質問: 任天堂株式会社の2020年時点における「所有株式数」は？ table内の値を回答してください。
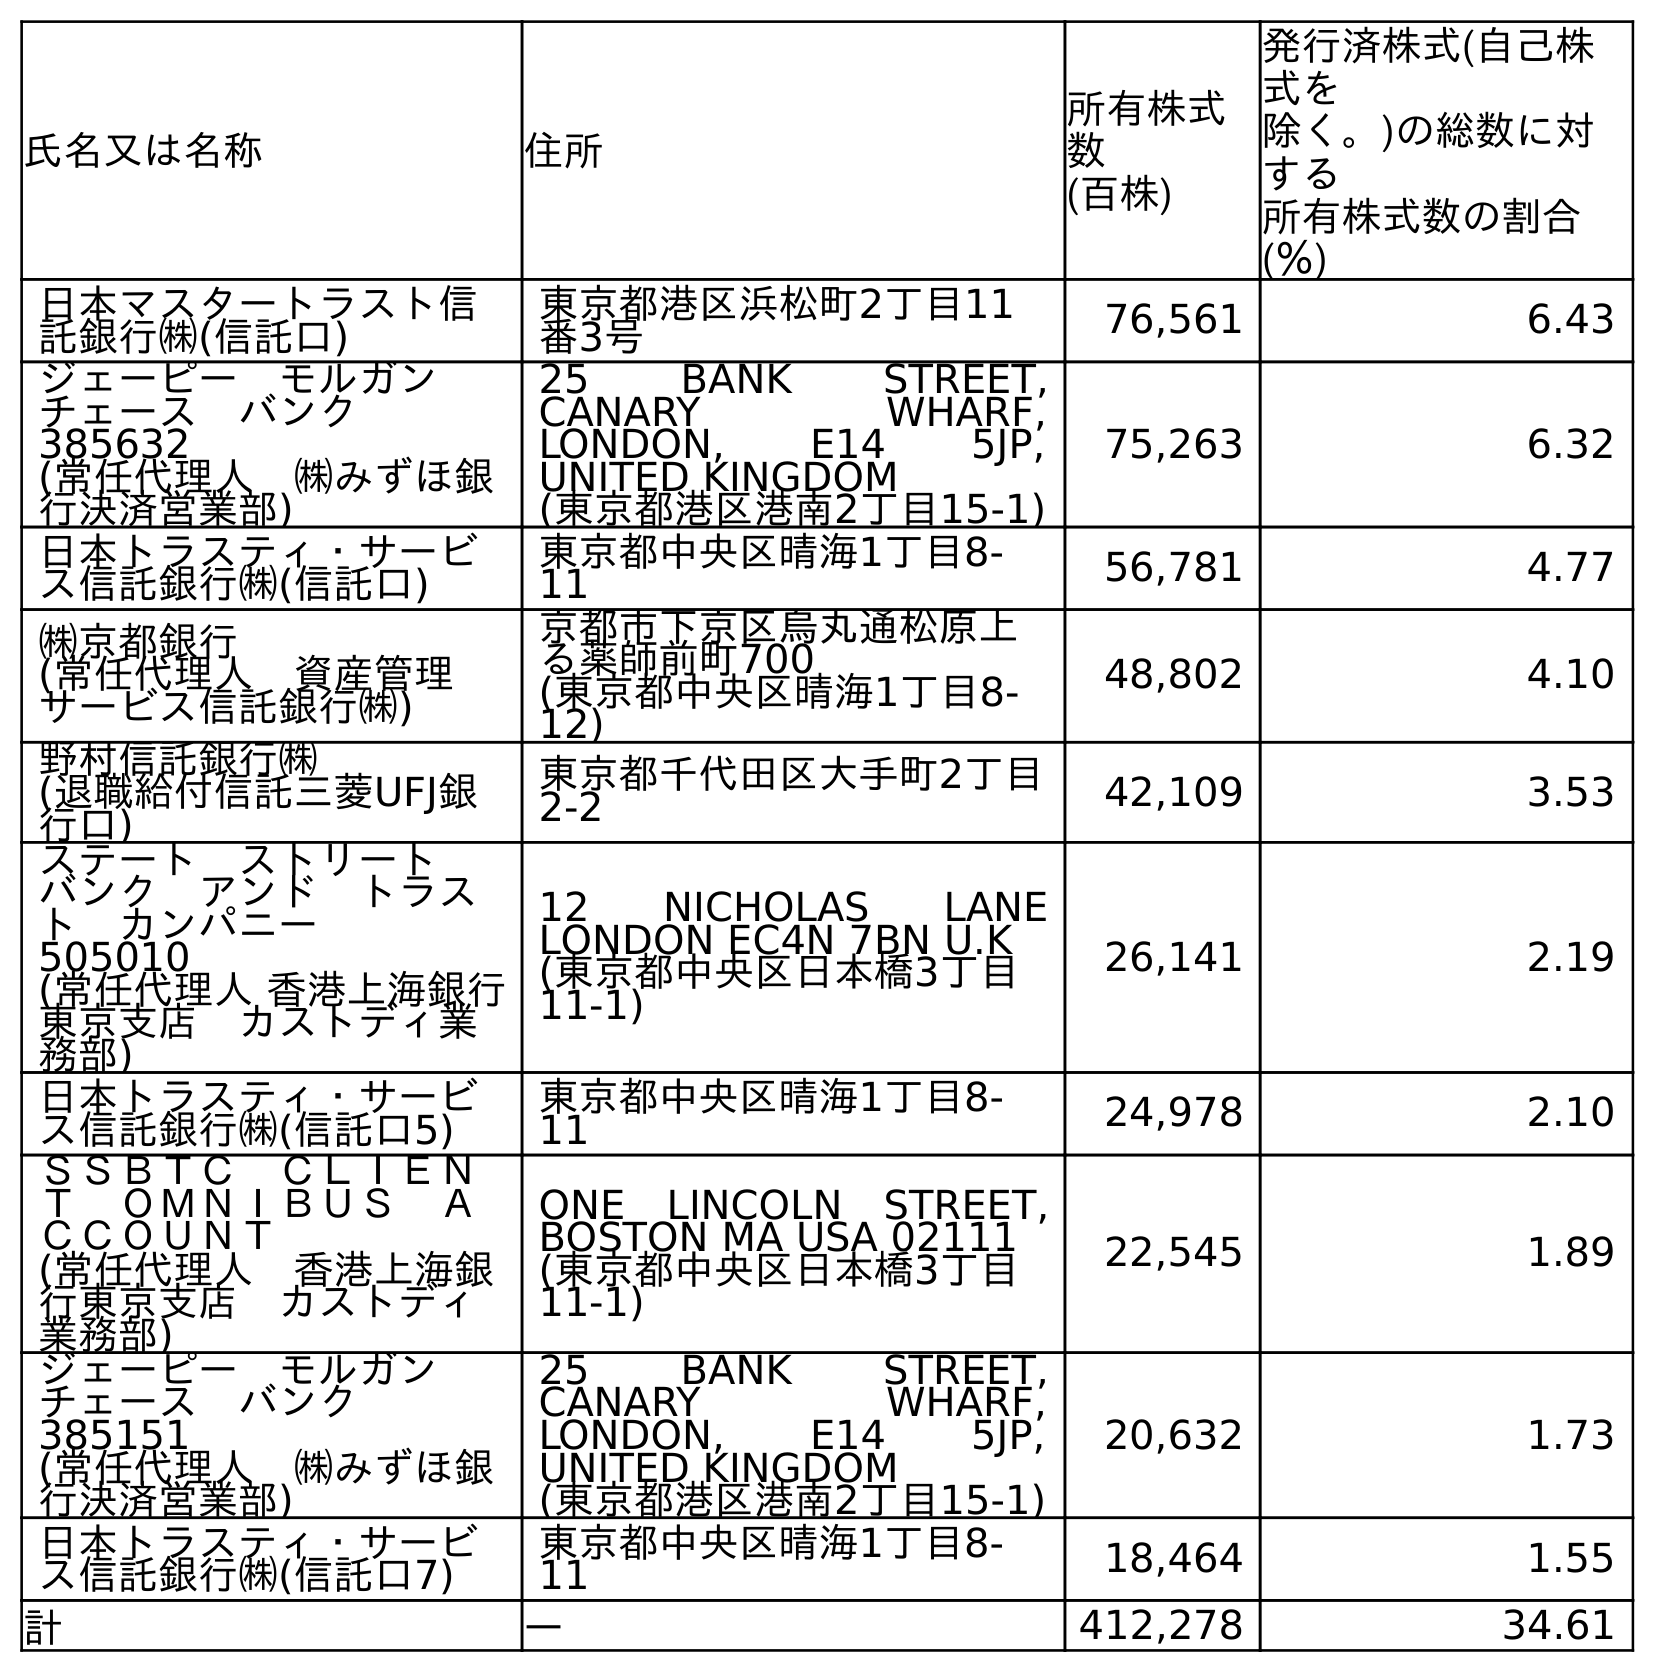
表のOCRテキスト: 氏名又は名称 住所 所有株式 数 (百株) 発行済株式(自己株 式を 除く。)の総数に対 する 所有株式数の割合 (％) 日本マスタートラスト信 託銀行㈱(信託口) 東京都港区浜松町2丁目11 番3号 76,561 6.43 ジェーピー モルガン  チェース バンク  385632 (常任代理人 ㈱みずほ銀 行決済営業部) 25 BANK STREET, CANARY WHARF, LONDON, E14 5JP, UNITED KINGDOM (東京都港区港南2丁目15-1) 75,263 6.32 日本トラスティ・サービ ス信託銀行㈱(信託口) 東京都中央区晴海1丁目8- 11 56,781 4.77 ㈱京都銀行 (常任代理人 資産管理 サービス信託銀行㈱) 京都市下京区烏丸通松原上 る薬師前町700 (東京都中央区晴海1丁目8- 12) 48,802 4.10 野村信託銀行㈱ (退職給付信託三菱UFJ銀 行口) 東京都千代田区大手町2丁目 2-2 42,109 3.53 ステート ストリート  バンク アンド トラス ト カンパニー  505010 (常任代理人 香港上海銀行 東京支店 カストディ業 務部) 12 NICHOLAS LANE LONDON EC4N 7BN U.K (東京都中央区日本橋3丁目 11-1) 26,141 2.19 日本トラスティ・サービ ス信託銀行㈱(信託口5) 東京都中央区晴海1丁目8- 11 24,978 2.10 ＳＳＢＴＣ ＣＬＩＥＮ Ｔ ＯＭＮＩＢＵＳ Ａ ＣＣＯＵＮＴ (常任代理人 香港上海銀 行東京支店 カストディ 業務部) ONE LINCOLN STREET, BOSTON MA USA 02111 (東京都中央区日本橋3丁目 11-1) 22,545 1.89 ジェーピー モルガン  チェース バンク  385151 (常任代理人 ㈱みずほ銀 行決済営業部) 25 BANK STREET, CANARY WHARF, LONDON, E14 5JP, UNITED KINGDOM (東京都港区港南2丁目15-1) 20,632 1.73 日本トラスティ・サービ ス信託銀行㈱(信託口7) 東京都中央区晴海1丁目8- 11 18,464 1.55 計 ― 412,278 34.61
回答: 412,278